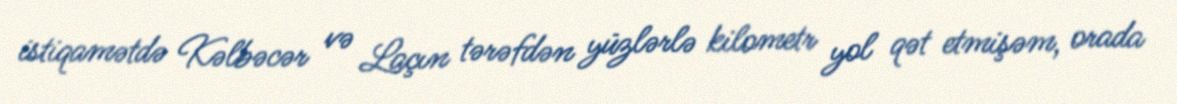
istiqamətdə Kəlbəcər və Laçın tərəfdən yüzlərlə kilometr yol qət etmişəm, orada